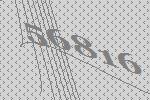
56816